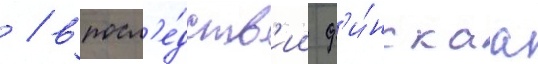
 / впосл'е́дств'ии ф'и́нскаа